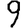
Digit: 9